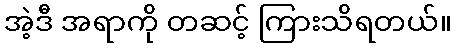
အဲ့ဒီ အရာကို တဆင့် ကြားသိရတယ်။